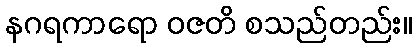
နဂရကာရော ဝဇတိ စသည်တည်း။